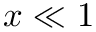
x \ll 1